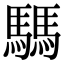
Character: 騳